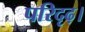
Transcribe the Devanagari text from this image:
परिदृढ़।